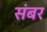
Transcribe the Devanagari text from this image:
संबर